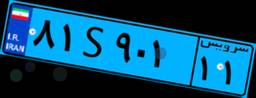
۸۱S۹۰۱۱۱